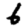
Digit: 2